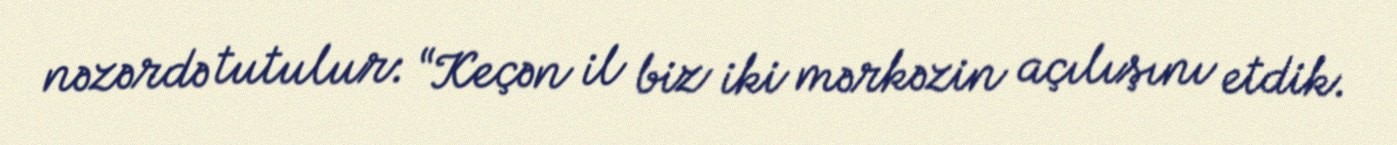
nəzərdə tutulur: “Keçən il biz iki mərkəzin açılışını etdik.